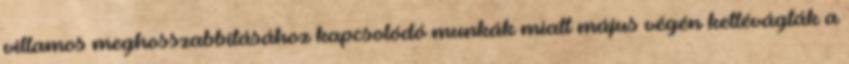
villamos meghosszabbításához kapcsolódó munkák miatt május végén kettévágták a